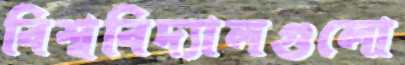
বিশ্ববিদ্যালগুলো